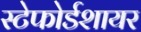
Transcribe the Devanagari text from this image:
स्टेफोर्डशायर